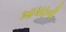
ખાચરની